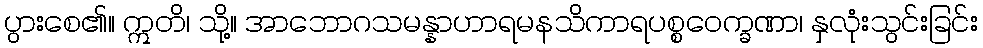
ပွားစေ၏။ ဣတိ၊ သို့။ အာဘောဂသမန္နာဟာရမနသိကာရပစ္စဝေက္ခဏာ၊ နှလုံးသွင်းခြင်း